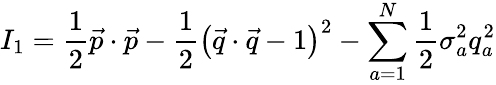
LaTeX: I_{1}=\frac{1}{2}\vec{p}\cdot\vec{p}-\frac{1}{2}\left(\vec{q}\cdot\vec{q}-1\right)^{2}-\sum_{a=1}^{N}\frac{1}{2}\sigma_{a}^{2}q_{a}^{2}